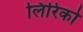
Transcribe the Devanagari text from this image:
लिरिको